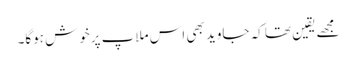
مجھےیقین تھا کہ جاوید بھی اس ملاپ پرخوش ہوگا۔